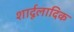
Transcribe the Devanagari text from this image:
शार्दूलादिक